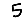
Digit: 5